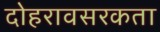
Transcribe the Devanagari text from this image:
दोहरावसरकता